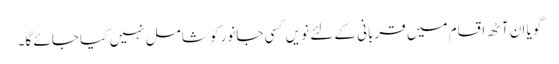
گویا ان آٹھ اقسام میں قربانی کے لئے نویں کسی جانور کو شامل نہیں کیا جائے گا۔